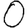
Digit: 0